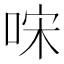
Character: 𠳼